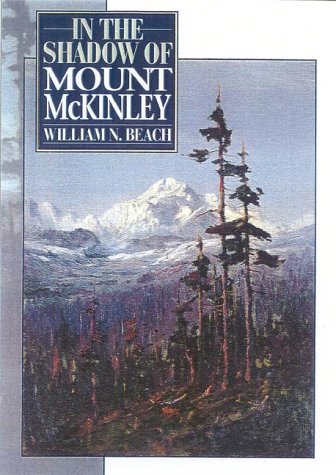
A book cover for In the Shadow of Mount McKinley; William N. Beach; Travel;